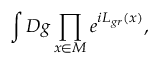
\int { \cal D } g \prod _ { x \in \cal M } e ^ { i { \cal L } _ { g r } ( x ) } ,